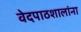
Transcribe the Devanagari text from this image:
वेदपाठशालांना